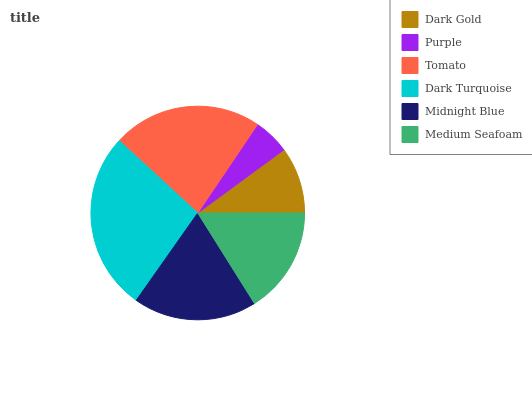
| Dark Gold | Purple | Tomato | Dark Turquoise | Midnight Blue | Medium Seafoam |
 | --- | --- | --- | --- | --- | --- |
 | 10.1% | 5.48% | 22.6% | 27.1% | 18.6% | 16.1% |